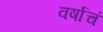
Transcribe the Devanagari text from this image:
वर्षाचं